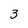
Character: 3